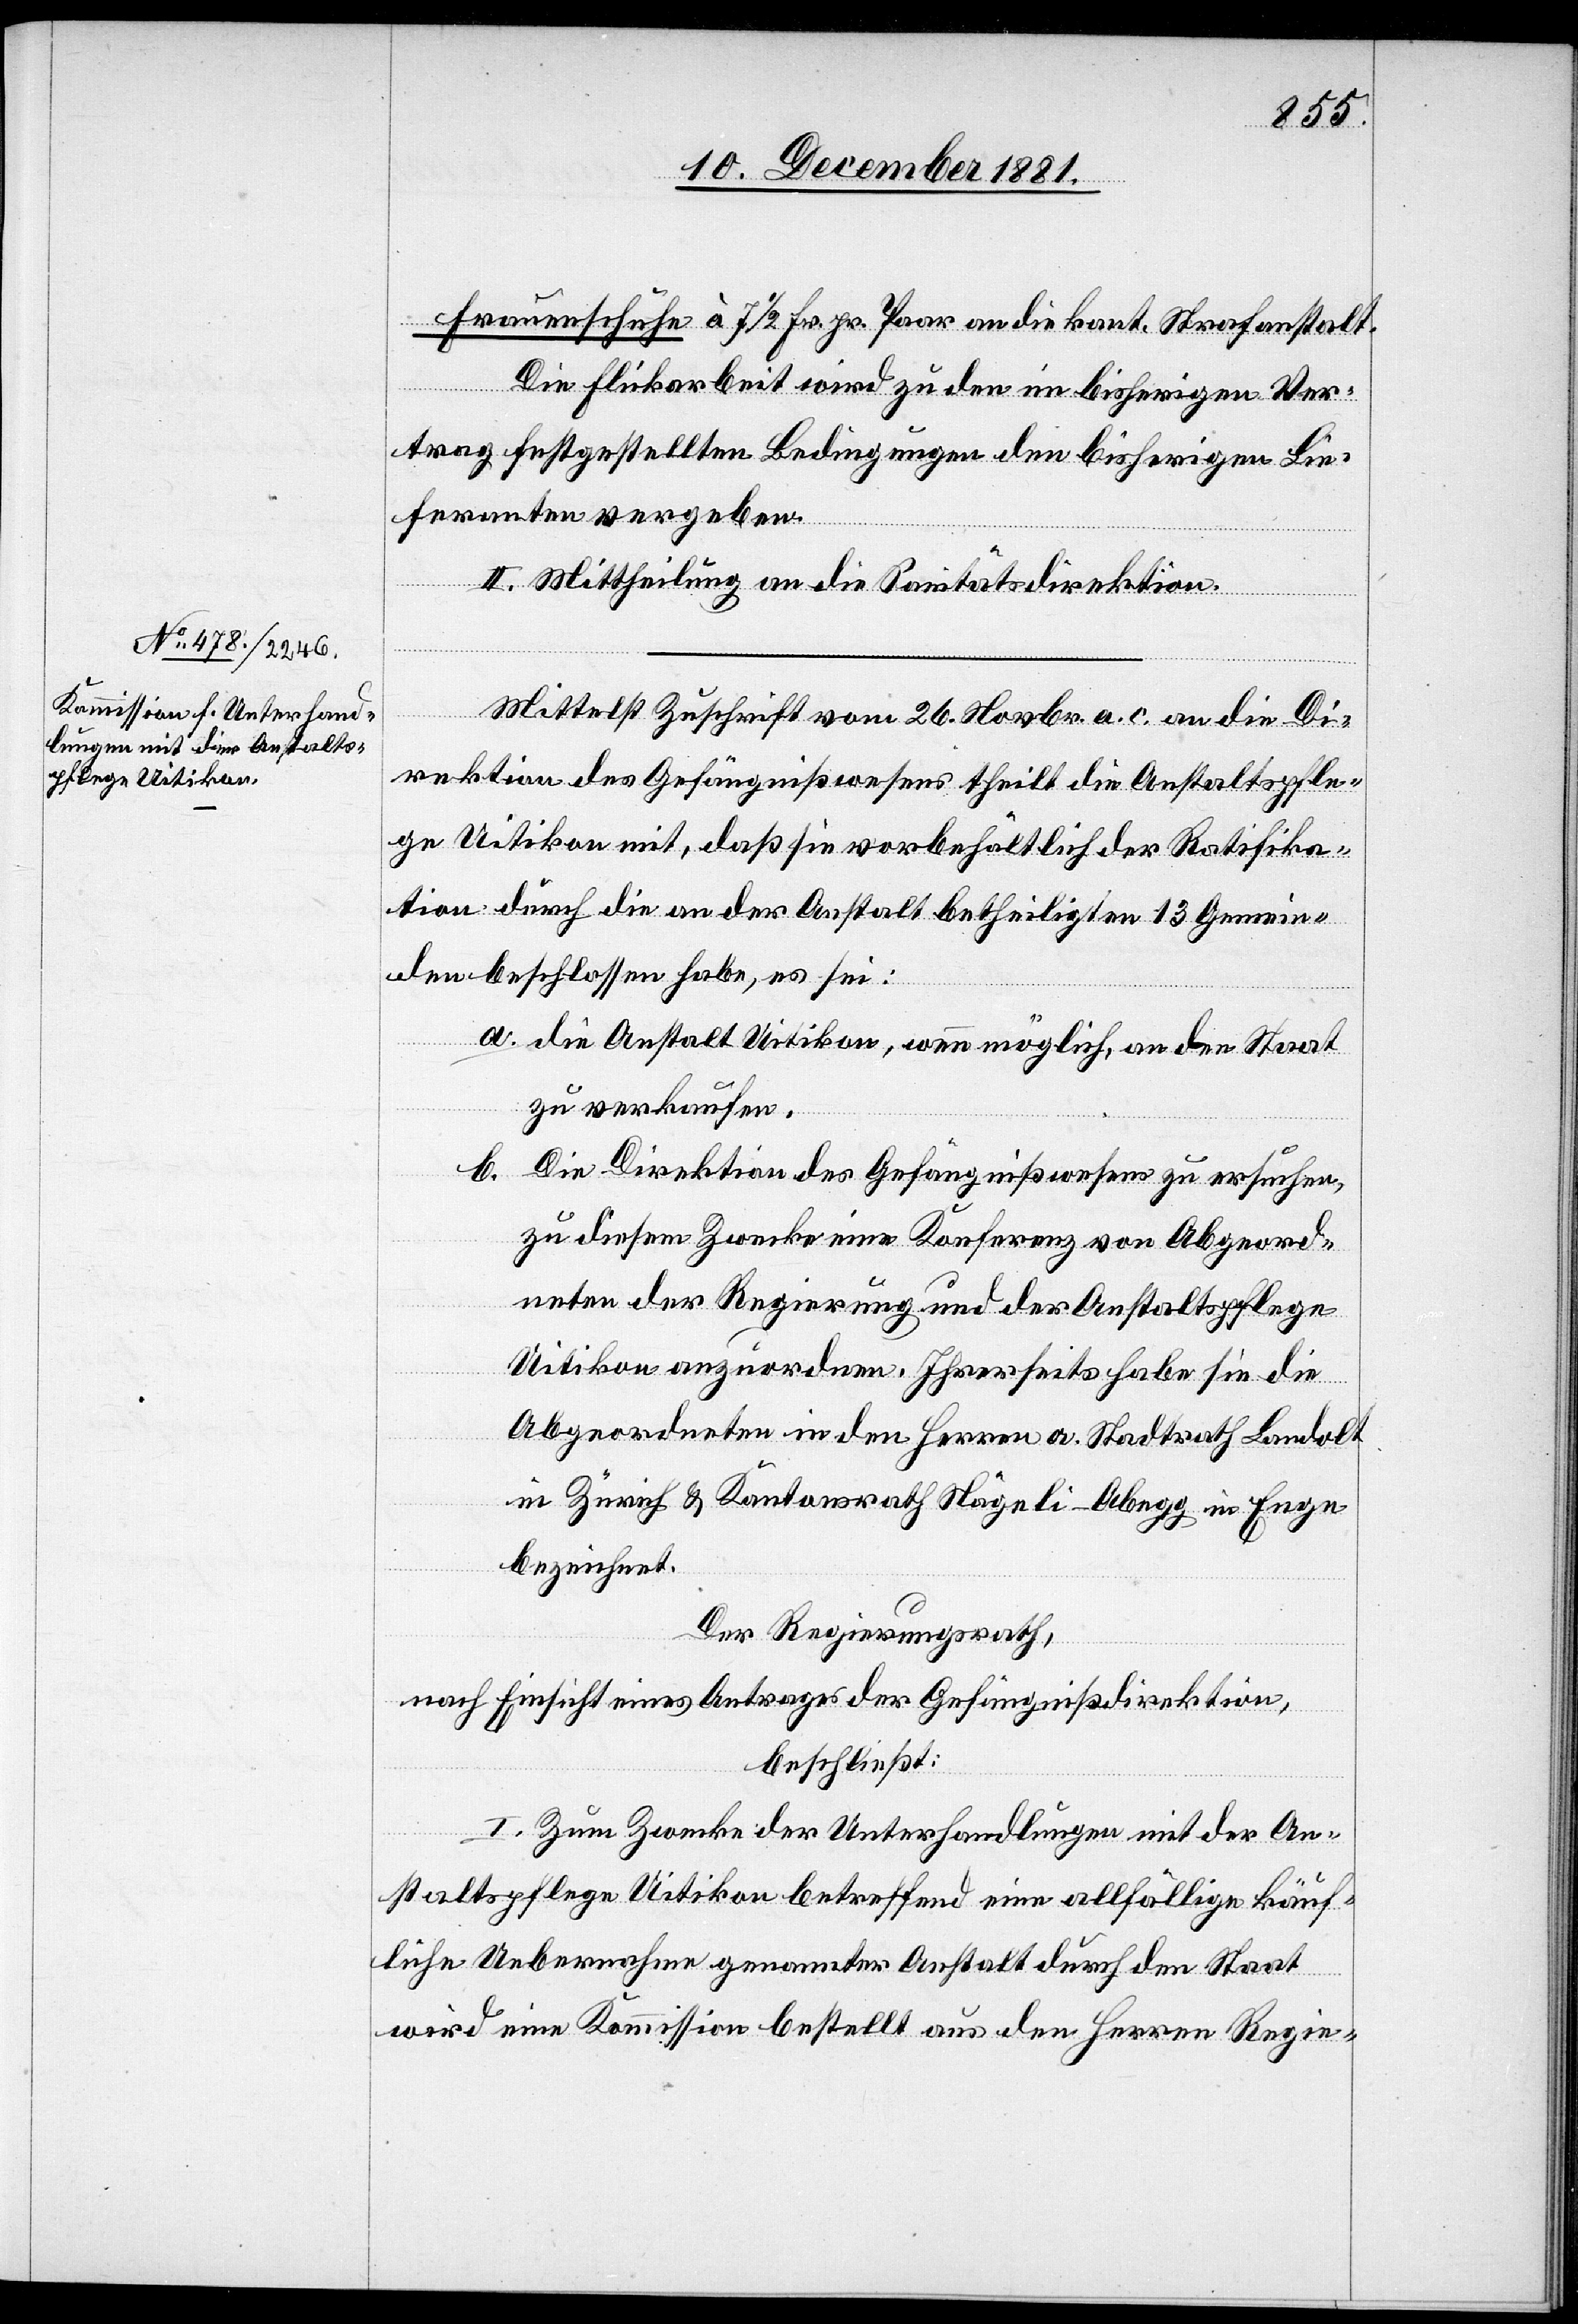
Frauenschuhe à 7 1/2 Fr. pr. Paar an die kant. Strafanstalt.
Die Flickarbeit wird zu den im bisherigen Ver¬
trag festgestellten Bedingungen den bisherigen Lie¬
feranten vergeben.
II. Mittheilung an die Sanitätsdirektion.
Mittelst Zuschrift vom 26. Novbr. a. c. an die Di¬
rektion des Gefängnißwesens theilt die Anstaltspfle¬
ge Uitikon mit, daß sie vorbehältlich der Ratifika¬
tion durch die an der Anstalt betheiligten 13 Gemein¬
den beschlossen habe, es sei:
a. die Anstalt Uitikon, wenn möglich, an den Staat
zu verkaufen.
b. Die Direktion des Gefängnißwesens zu ersuchen,
zu diesem Zwecke eine Konferenz von Abgeord¬
neten der Regierung und der Anstaltspflege
Uitikon anzuordnen. Ihrerseits habe sie die
Abgeordneten in den Herren a. Stadtrath Landolt
in Zürich & Kantonsrath Nägeli-Abegg in Enge
bezeichnet.
Der Regierungsrath,
nach Einsicht eines Antrages der Gefängnisdirektion,
beschließt:
I. Zum Zwecke der Unterhandlungen mit der An¬
staltspflege Uitikon betreffend eine allfällige käuf¬
liche Uebernahme genannter Anstalt durch den Staat
wird eine Kommission bestellt aus den Herren Regie-